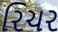
રિચર